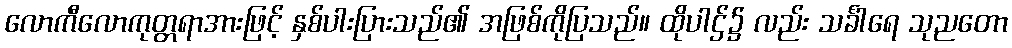
လောကီလောကုတ္တရာအားဖြင့် နှစ်ပါးပြားသည်၏ အဖြစ်ကိုပြသည်။ ထိုပါဌ်၌ လည်း သင်္ခါရေ သုညတော